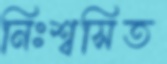
নিঃশ্বসিত